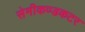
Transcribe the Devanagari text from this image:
सेमीकण्डकटर